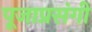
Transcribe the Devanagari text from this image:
पूजाप्रसंगी